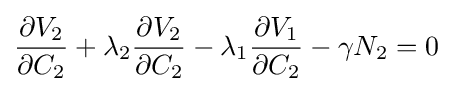
{\frac {\partial V_{2}}{\partial C_{2}}}+\lambda _{2}{\frac {\partial V_{2}}{\partial C_{2}}}-\lambda _{1}{\frac {\partial V_{1}}{\partial C_{2}}}-\gamma N_{2}=0\;